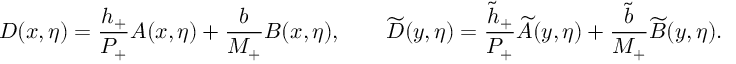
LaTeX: D ( x , \eta ) = \frac { h _ { + } } { P _ { + } } A ( x , \eta ) + \frac { b } { M _ { + } } B ( x , \eta ) , \qquad \widetilde { D } ( y , \eta ) = \frac { \widetilde h _ { + } } { P _ { + } } \widetilde A ( y , \eta ) + \frac { \widetilde b } { M _ { + } } \widetilde B ( y , \eta ) .